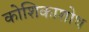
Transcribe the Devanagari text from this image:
कोशिकाशोथ